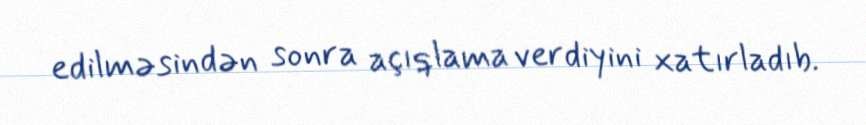
edilməsindən sonra açıqlama verdiyini xatırladıb.